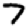
Digit: 7